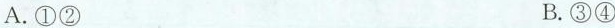
A.①② B.③④